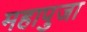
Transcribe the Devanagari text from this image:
महापुजा